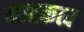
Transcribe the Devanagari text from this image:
नाटकत्व